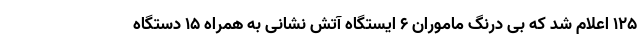
۱۲۵ اعلام شد که بی درنگ ماموران ۶ ایستگاه آتش نشانی به همراه ۱۵ دستگاه